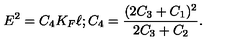
E ^ { 2 } = C _ { 4 } K _ { F } \ell ; C _ { 4 } = \frac { ( 2 C _ { 3 } + C _ { 1 } ) ^ { 2 } } { 2 C _ { 3 } + C _ { 2 } } .